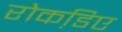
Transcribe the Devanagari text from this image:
रोकडि़ए